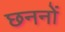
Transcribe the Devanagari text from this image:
छननों